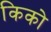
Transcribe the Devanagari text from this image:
किको